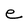
Character: e